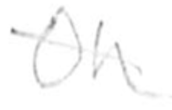
Text: Oh
Cross-out: diagonal
Writing tool: pencil